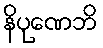
နိပုဏေဘိ